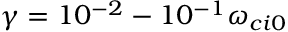
\gamma = 1 0 ^ { - 2 } - 1 0 ^ { - 1 } \omega _ { c i 0 }